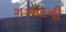
ગઝલની